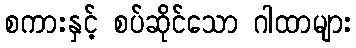
စကားနှင့် စပ်ဆိုင်သော ဂါထာများ